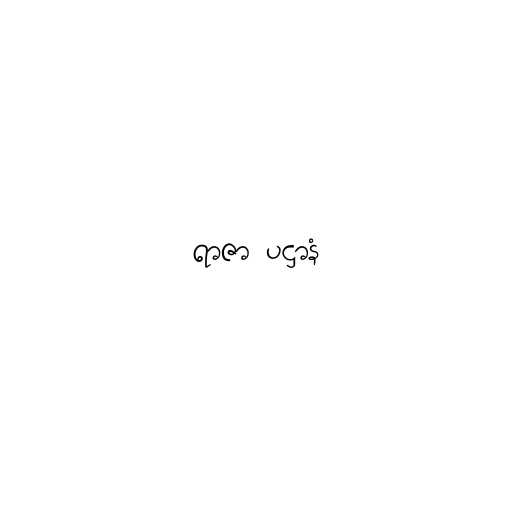
ရာဇာ ပဋ္ဌာနံ